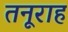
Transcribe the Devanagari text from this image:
तनूराह